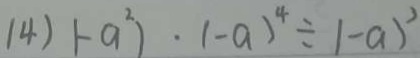
( 4 ) ( - a ^ { 2 } ) \cdot ( - a ) ^ { 4 } \div 1 - a ^ { 3 }